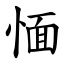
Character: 愐